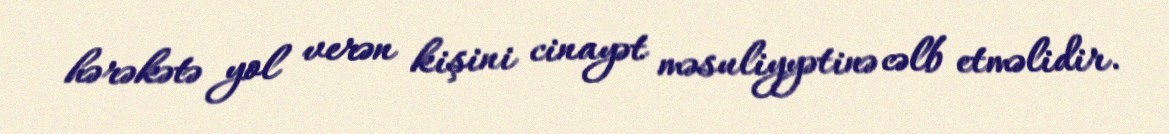
hərəkətə yol verən kişini cinayət məsuliyyətinə cəlb etməlidir.